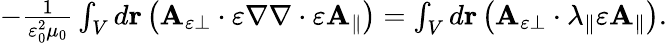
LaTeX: \begin{array}{r}{-\frac{1}{\varepsilon_{0}^{2}\mu_{0}}\int_{V}d\mathbf{r}\left(\mathbf{A}_{\varepsilon\perp}\cdot\varepsilon\nabla\nabla\cdot\varepsilon\mathbf{A}_{\parallel}\right)=\int_{V}d\mathbf{r}\left(\mathbf{A}_{\varepsilon\perp}\cdot\lambda_{\parallel}\varepsilon\mathbf{A}_{\parallel}\right).}\end{array}